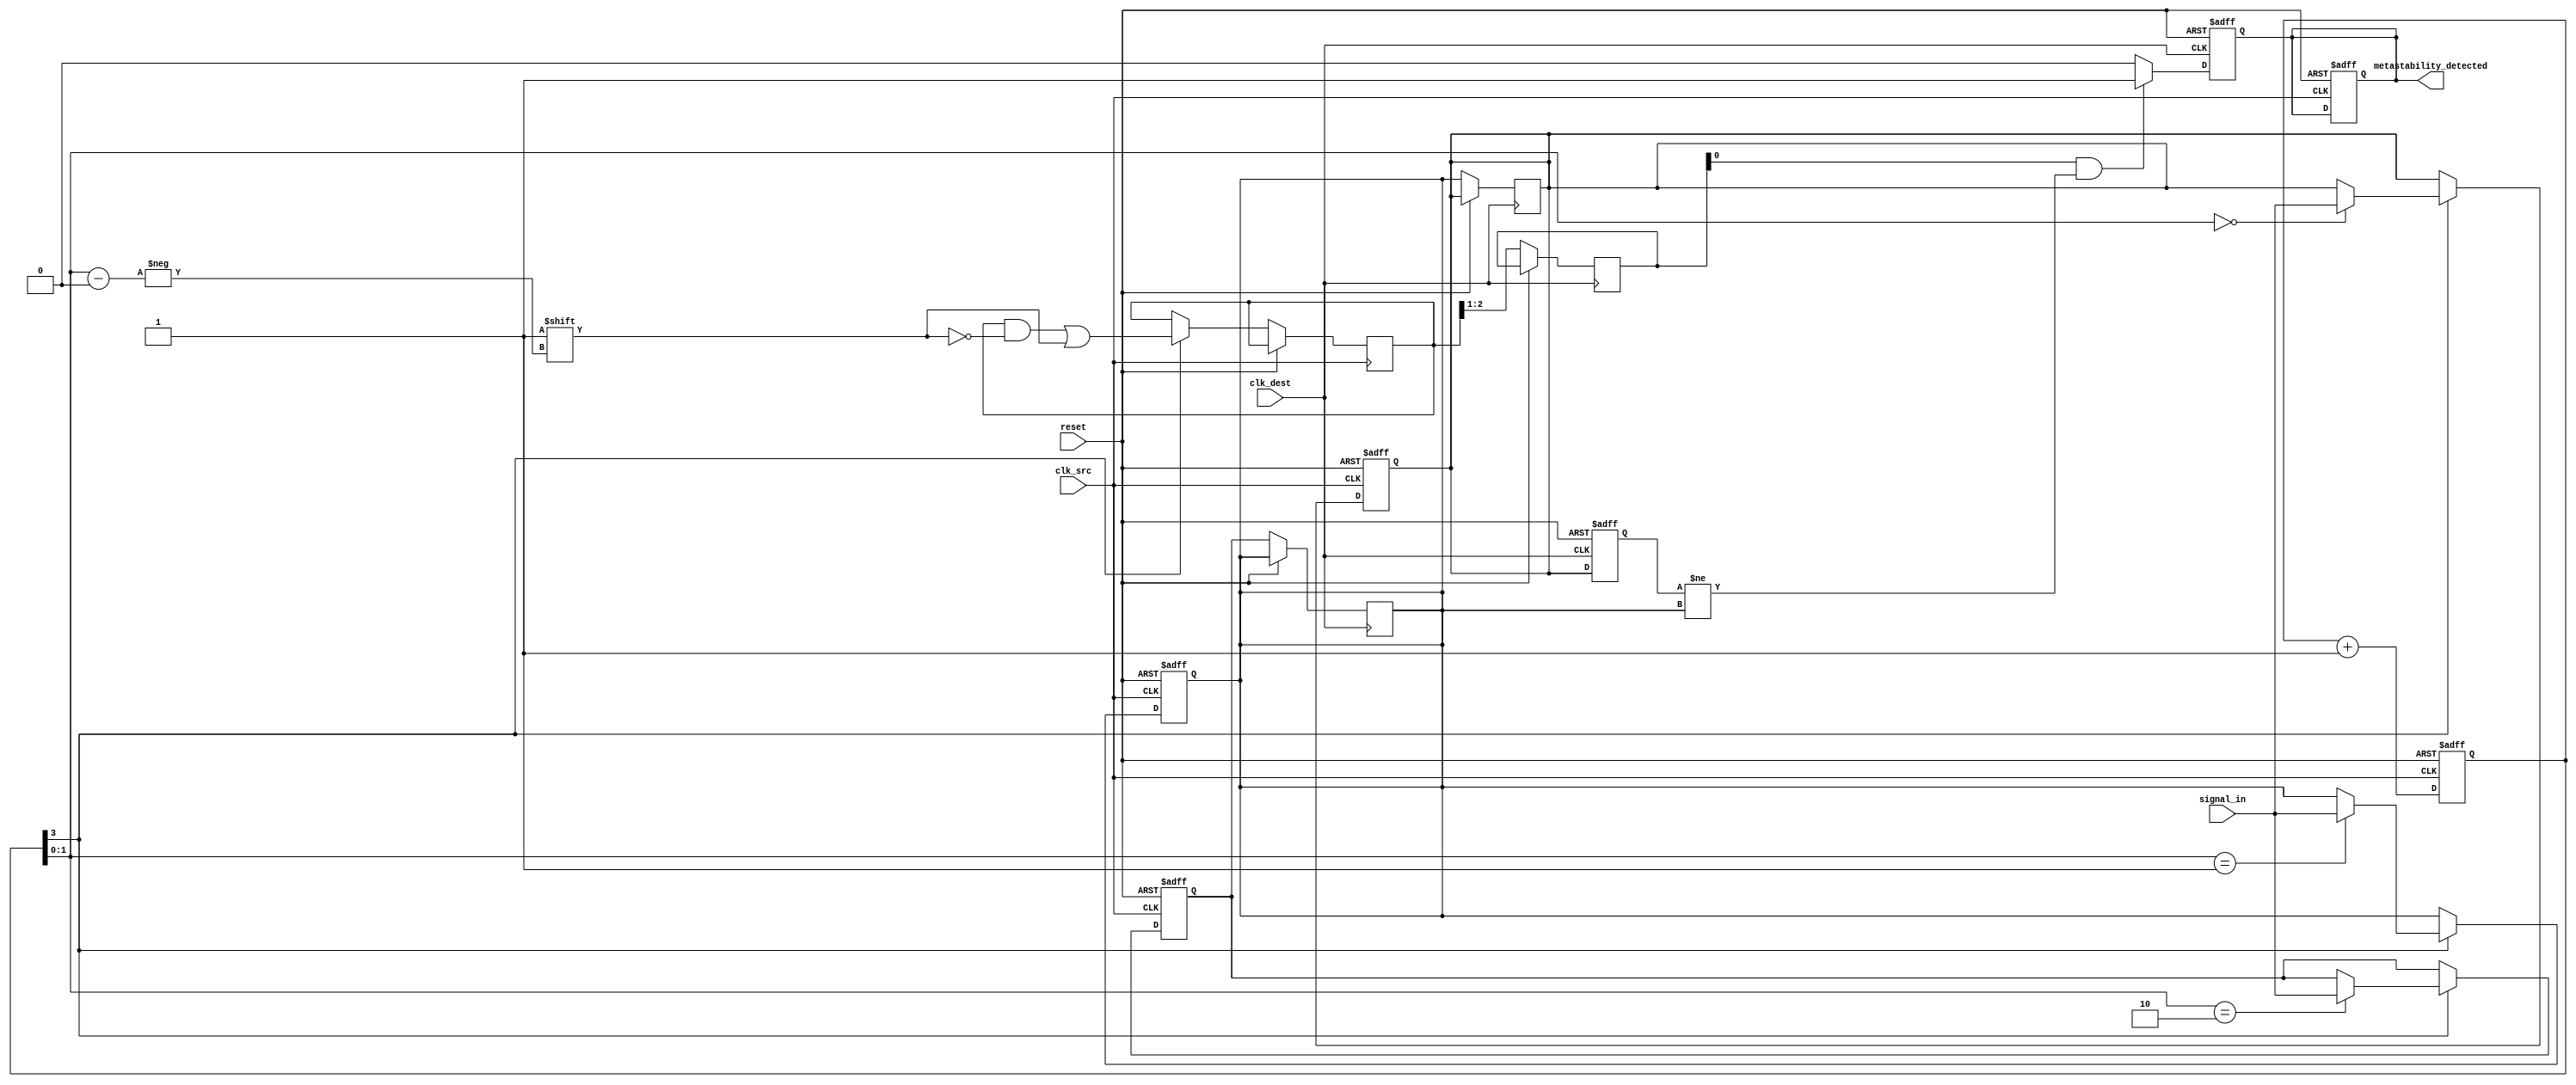
module metastability_detector #(
    parameter NUM_SAMPLES = 3, // Number of samples to take
    parameter SAMPLE_WIDTH = 1  // Width of the input signal
)(
    input wire clk_src,          // Source clock
    input wire clk_dest,         // Destination clock
    input wire reset,            // Reset signal
    input wire signal_in,        // Incoming signal from source clock domain
    output reg metastability_detected // Output signal for metastability detection
);

    // Memory blocks to hold samples
    reg [SAMPLE_WIDTH-1:0] samples [0:NUM_SAMPLES-1];
    reg [SAMPLE_WIDTH-1:0] last_sample;
    reg [NUM_SAMPLES-1:0] sample_valid; // To track valid samples

    integer i;

    // Random sampling logic (for simplicity, using a simple counter)
    reg [3:0] random_counter; // Example for generating random-like behavior

    // Sampling process for each clock domain
    always @(posedge clk_src or posedge reset) begin
        if (reset) begin
            // Clear samples and counters
            for (i = 0; i < NUM_SAMPLES; i = i + 1) begin
                samples[i] <= 0;
            end
            random_counter <= 0;
            metastability_detected <= 0;
        end else begin
            // Capture signal_in at random intervals
            random_counter <= random_counter + 1;
            if (random_counter[3] == 1'b1) begin // Sample every other cycle for simplicity
                samples[random_counter[1:0]] <= signal_in;
                sample_valid[random_counter[1:0]] <= 1'b1; // Mark sample as valid
            end
        end
    end
    
    // Metastability detection logic on destination clock
    always @(posedge clk_dest or posedge reset) begin
        if (reset) begin
            metastability_detected <= 0;
            last_sample <= 0;
        end else begin
            // Shift in the latest sample
            last_sample <= samples[0]; // Assume the latest sample is at index 0
            
            // Check for metastability: if last_sample changes in consecutive cycles
            if (sample_valid[0] && (last_sample != samples[1])) begin
                metastability_detected <= 1'b1; // Metastability detected
            end else begin
                metastability_detected <= 1'b0; // Reset detection flag
            end
            
            // Clear sample validity after processing
            sample_valid[0] <= 0; // Clear the validity of the sample just checked
            // Shift samples for next comparison
            for (i = 0; i < NUM_SAMPLES-1; i = i + 1) begin
                samples[i] <= samples[i + 1]; // Shift left the samples
                sample_valid[i] <= sample_valid[i + 1]; // Shift valid bits
            end
        end
    end

endmodule